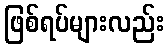
ဖြစ်ရပ်များလည်း